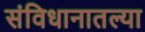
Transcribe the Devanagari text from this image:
संविधानातल्या